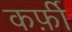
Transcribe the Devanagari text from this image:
कर्फ़ी